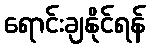
ရောင်းချနိုင်ရန်